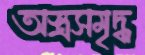
অস্ত্রসমৃদ্ধ